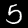
Digit: 5